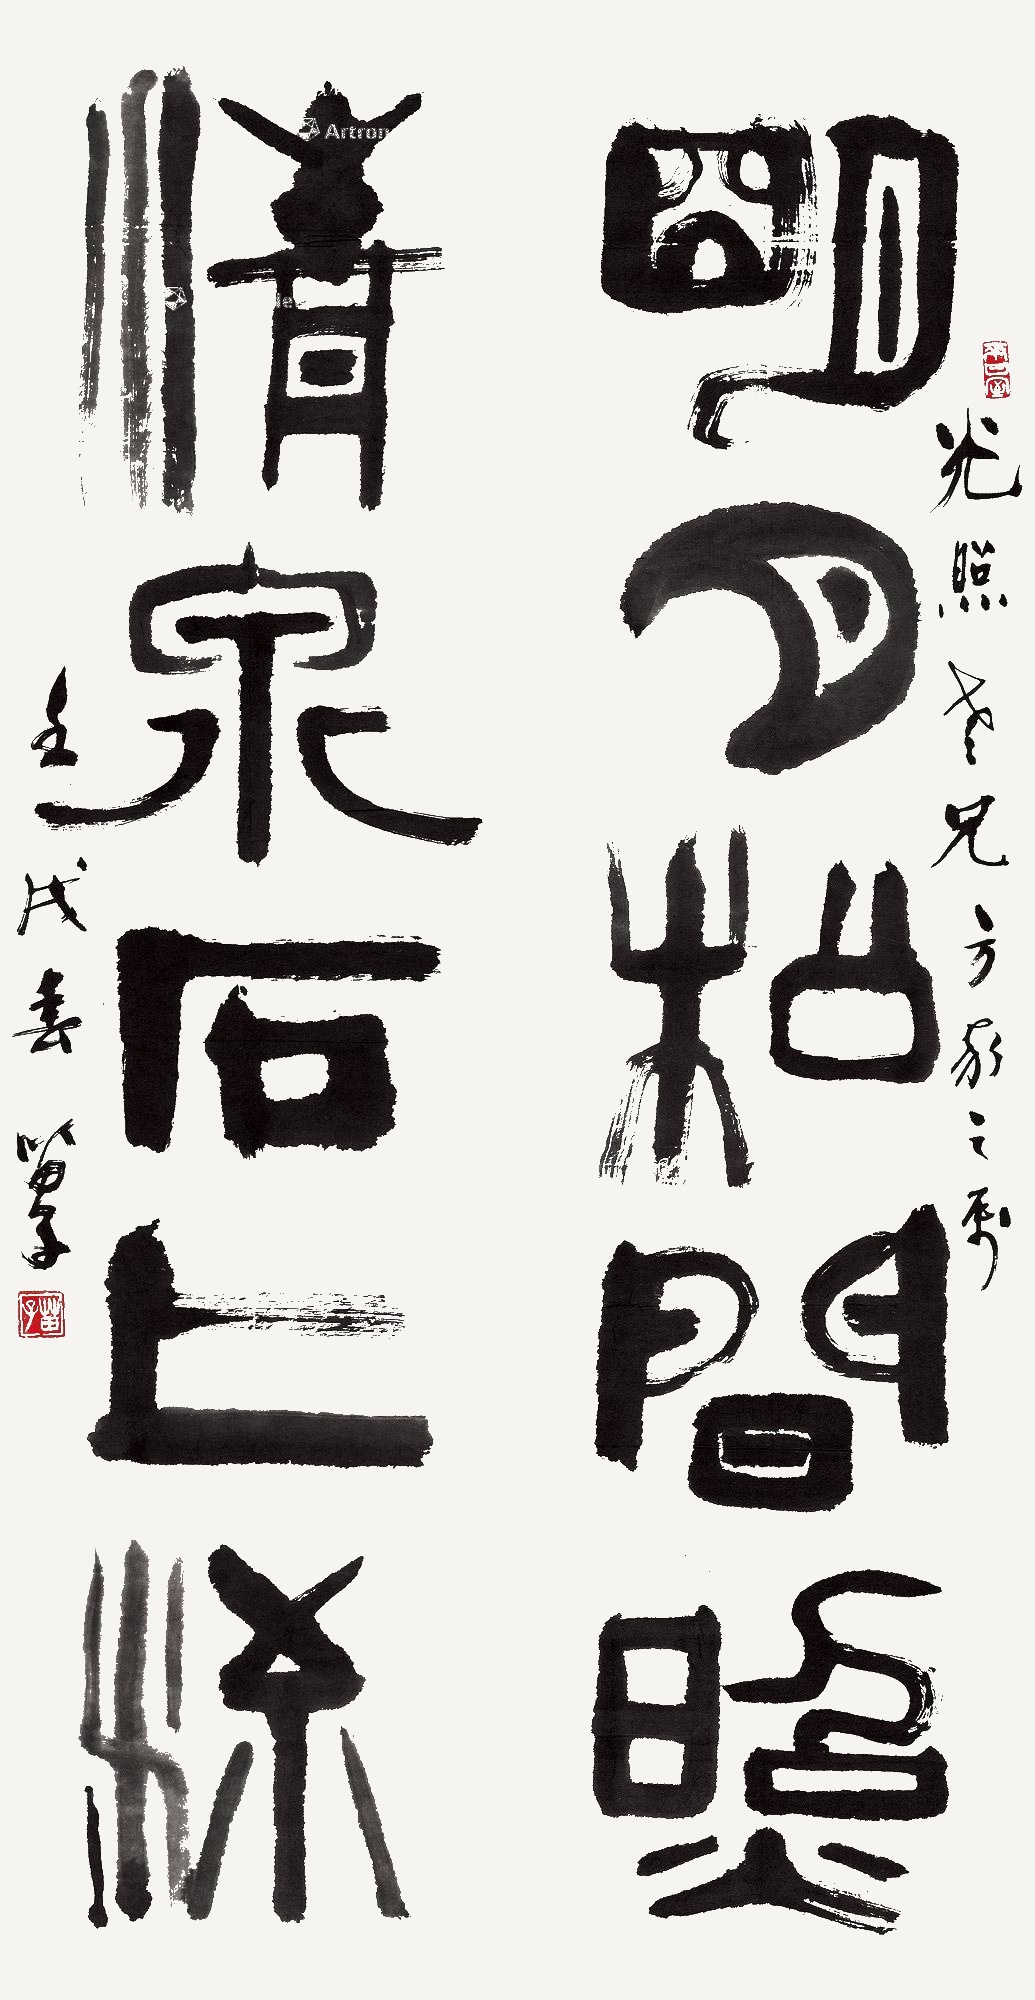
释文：明月松间照，清泉石上流。光照老兄方家之属。壬戌春，苗子。